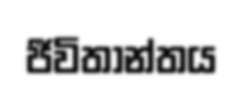
ජීවිතාන්තය